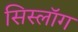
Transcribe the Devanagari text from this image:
सिस्लॉग